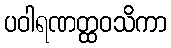
ပဝါရဏတ္ထဝသိကာ